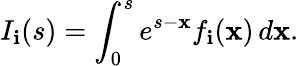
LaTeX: I_{\mathbf{i}}(s)=\int_{0}^{s}e^{s-\mathbf{x}}f_{\mathbf{i}}(\mathbf{x})\, d\mathbf{x}.